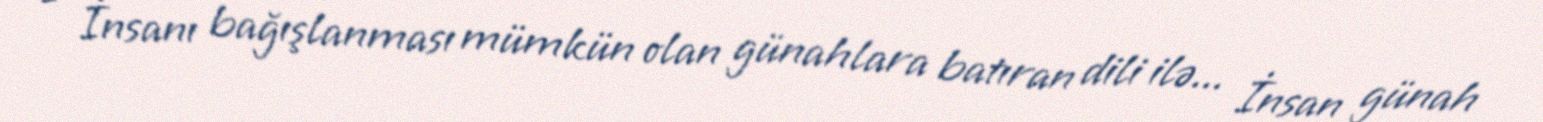
- İnsanı bağışlanması mümkün olan günahlara batıran dili ilə... İnsan günah